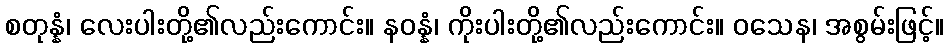
စတုန္နံ၊ လေးပါးတို့၏လည်းကောင်း။ နဝန္နံ၊ ကိုးပါးတို့၏လည်းကောင်း။ ဝသေန၊ အစွမ်းဖြင့်။